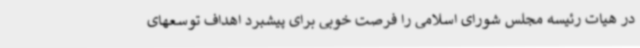
در هیات رئیسه مجلس شورای اسلامی را فرصت خوبی برای پیشبرد اهداف توسعهای